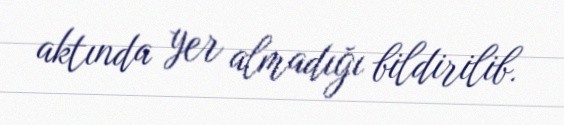
aktında yer almadığı bildirilib.